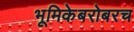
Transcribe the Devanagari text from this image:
भूमिकेबरोबरच